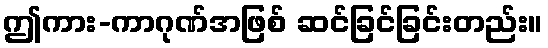
ဤကား-ကာဂုဏ်အဖြစ် ဆင်ခြင်ခြင်းတည်း။